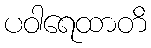
ပဝါရေထာတိ